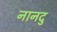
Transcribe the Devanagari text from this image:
नानदु